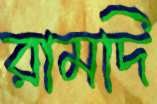
রামদি